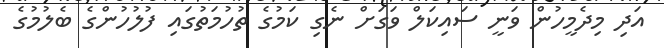
އަދި މިދެމީހުން ވަނީ ސައިކަލް ވަގަށް ނެގި ކަމުގެ ތުހުމަތުގައި ފުލުހުންގެ ބެލުމުގެ